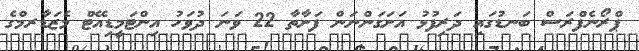
ޕްރޯނެފްރަސް ބަނޑުގައި ދަރިފުޅު އަށަގަންނަން ފަށާތާ 22 ވަނަ ދުވަހު އިންޓަމީޑިއޭޓް މެޒަޑާރމްގެ